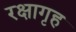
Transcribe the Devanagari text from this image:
रक्षागृह